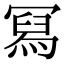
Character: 冩